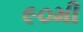
૯૦મી